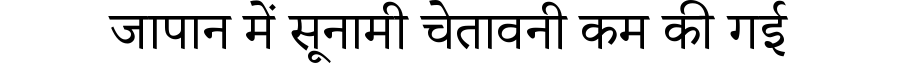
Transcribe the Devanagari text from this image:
जापान में सूनामी चेतावनी कम की गई